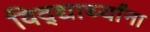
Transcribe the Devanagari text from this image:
विद्द्यार्थ्यांना